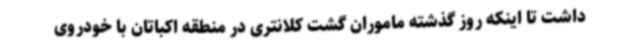
داشت تا اینکه روز گذشته ماموران گشت کلانتری در منطقه اکباتان با خودروی